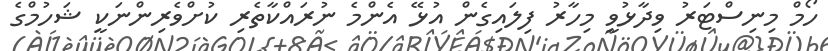
ހޯމް މިނިސްޓަރު ވިދާޅުވީ މިހާރު ފިލައިގެން އުޅޭ އެންމެ ނުރައްކާތެރި ކުށްވެރިންނަކީ ޝަހުމްގެ